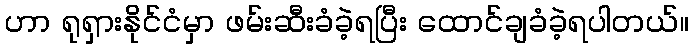
ဟာ ရုရှားနိုင်ငံမှာ ဖမ်းဆီးခံခဲ့ရပြီး ထောင်ချခံခဲ့ရပါတယ်။